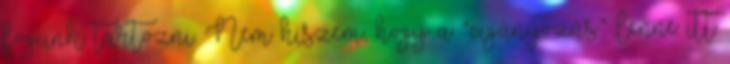
fogunk tartozni. Nem hiszem, hogy a “cigányozás” lenne itt